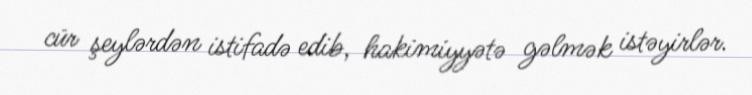
cür şeylərdən istifadə edib, hakimiyyətə gəlmək istəyirlər.